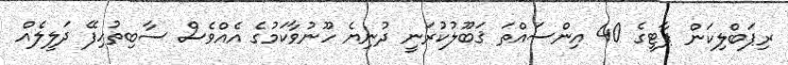
ރިޕަބްލިކަން ޕާޓީގެ 40 އިންސައްތަ ޤަބޫލުކުރަނީ ދުނިޔެ ހޫނުވާކަމުގެ އެއްވެސް ސާބިތުހިފޭ ދަލީލެއް